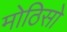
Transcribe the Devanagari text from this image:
मोठिसो